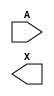
module sky130_fd_sc_hvl__lsbufhv2lv_simple (
    //# {{data|Data Signals}}
    input  A,
    output X
);

    // Voltage supply signals
    supply1 VPWR ;
    supply0 VGND ;
    supply1 LVPWR;
    supply1 VPB  ;
    supply0 VNB  ;

endmodule